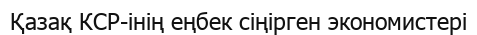
Қазақ КСР-інің еңбек сіңірген экономистері